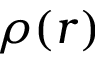
\rho ( r )